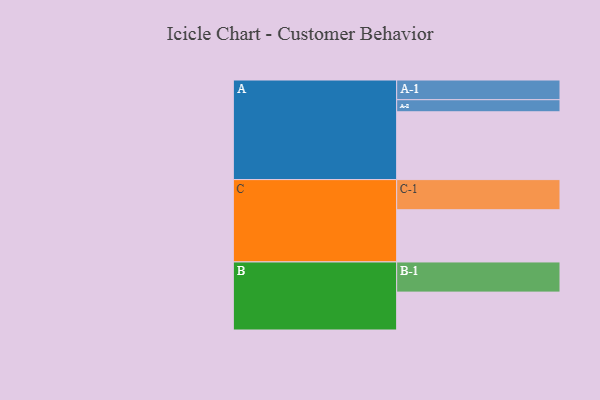
{"axis": {"x": "Segment", "y": "Value"}, "legend": ["", "A", "B", "C"], "data": [{"x": "A", "y": 578, "type": ""}, {"x": "B", "y": 323, "type": ""}, {"x": "C", "y": 445, "type": ""}, {"x": "A-1", "y": 168, "type": "A"}, {"x": "A-2", "y": 103, "type": "A"}, {"x": "B-1", "y": 257, "type": "B"}, {"x": "C-1", "y": 257, "type": "C"}]}